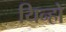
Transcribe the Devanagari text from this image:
यिन्हो